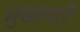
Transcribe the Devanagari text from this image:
मुखावरी